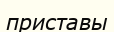
приставы